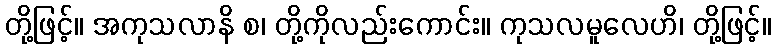
တို့ဖြင့်။ အကုသလာနိ စ၊ တို့ကိုလည်းကောင်း။ ကုသလမူလေဟိ၊ တို့ဖြင့်။